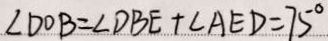
\angle D O B = \angle D B E + \angle A E D = 7 5 ^ { \circ }